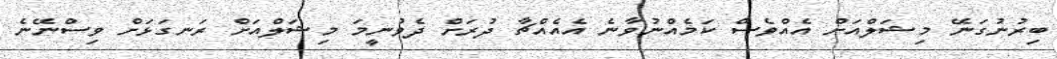
ބިރުނުގަނޭ މިޝަލްއަށް އެއްވެސް ކަމެއްނުވާނެ އެއެއްޗާ ދުރަށް ދެވުނީމަ މިޝަލްއަށް ރަނގަޅަށް ވިސްނޭނެ